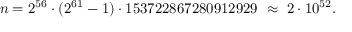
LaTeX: n = 2 ^ { 5 6 } \cdot ( 2 ^ { 6 1 } - 1 ) \cdot 1 5 3 7 2 2 8 6 7 2 8 0 9 1 2 9 2 9 \ \approx \ 2 \cdot 1 0 ^ { 5 2 } .